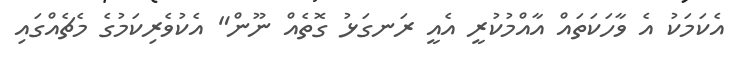
އެކަމަކު އެ ވާހަކަތައް އާއްމުކުރީ އެއީ ރަނގަޅު ގޮތެއް ނޫން" އެކުވެރިކަމުގެ މެޗެއްގައި